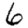
Digit: 6